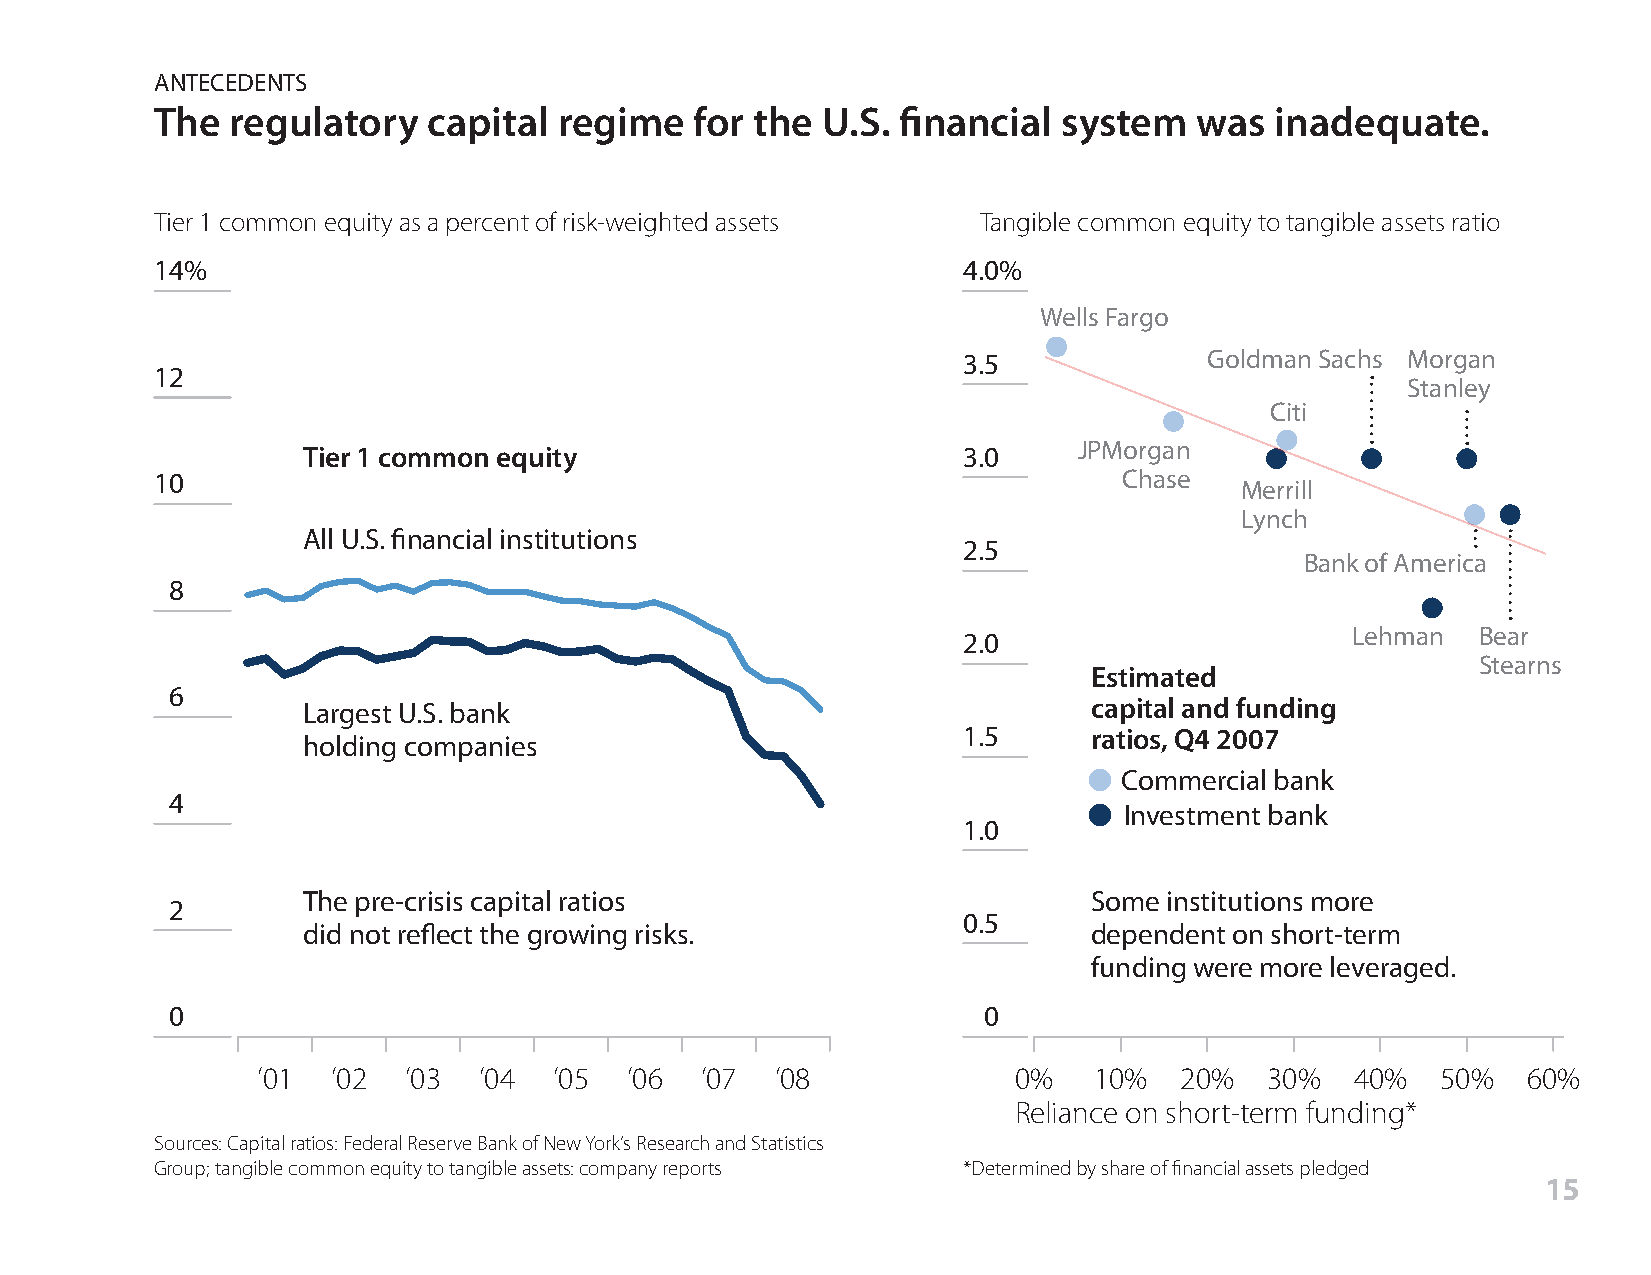
ANTECEDENTS
 The  regulatory   capital  regime   for the U.S. financial  system   was  inadequate.
 Tier 1 common equity as a percent of risk-weighted assets Tangible common equity to tangible assets ratio
 14%                                                   4.0%
 Wells Fargo
 3.5             Goldman Sachs Morgan
 12
 Stanley
 Citi
 JPMorgan
 Tier 1 common equity                        3.0
 10                                                              Chase
 Merrill
 Lynch
 All U.S. financial institutions
 2.5
 Bank of America
 8
 Lehman   Bear
 2.0
 Stearns
 Estimated
 6
 Largest U.S. bank                                   capital and funding
 1.5     ratios, Q4 2007
 holding companies
 Commercial bank
 4
 Investment bank
 1.0
 The pre-crisis capital ratios                       Some institutions more
 2
 0.5
 did not reflect the growing risks.                  dependent on short-term
 funding were more leveraged.
 0                                                     0
 ’01  ’02  ’03  ’04  ’05 ’06  ’07  ’08             0%   10%   20%   30%   40%  50%   60%
 Reliance on short-term funding*
 Sources: Capital ratios: Federal Reserve Bank of New York‘s Research and Statistics
 Group; tangible common equity to tangible assets: company reports *Determined by share of financial assets pledged
 15